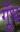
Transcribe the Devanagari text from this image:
गूँध